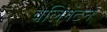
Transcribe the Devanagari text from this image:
वेलिगंटन